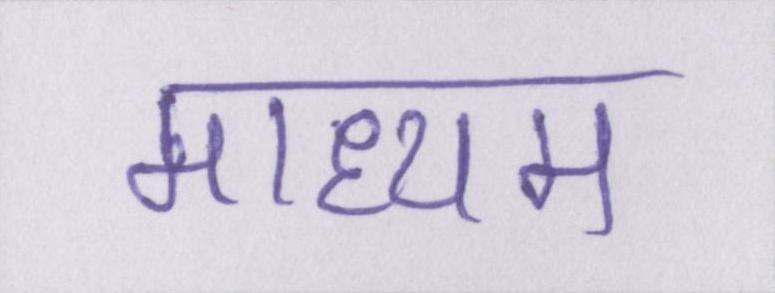
माध्यम